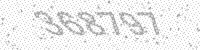
Solution: 368797